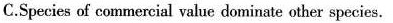
C.Species of commercial value dominate other species.